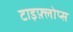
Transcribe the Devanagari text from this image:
टाइफ़्लोप्स